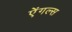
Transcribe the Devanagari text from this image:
ऐंगल्स